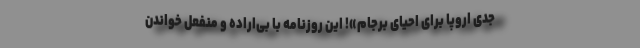
جدی اروپا برای احیای برجام»! این روزنامه با بی‌اراده و منفعل خواندن